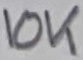
Text: 10K